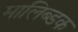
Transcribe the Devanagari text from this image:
मालिब्डक